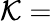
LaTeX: \mathcal{K}=